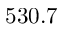
5 3 0 . 7